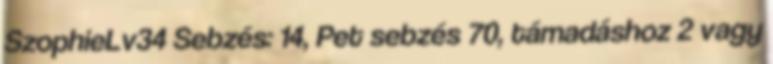
SzophieLv34 Sebzés: 14, Pet sebzés 70, támadáshoz 2 vagy